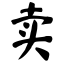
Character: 卖